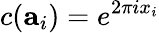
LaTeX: c(\mathbf{a}_{i})=e^{2\pi ix_{i}}